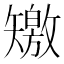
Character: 𥐊